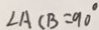
\angle A C B = 9 0 ^ { \circ }